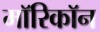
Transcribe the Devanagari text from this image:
माॅरिकाॅन